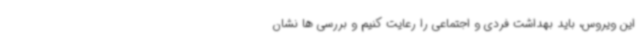
این ویروس، باید بهداشت فردی و اجتماعی را رعایت کنیم و بررسی ها نشان